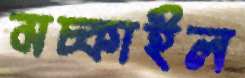
মচ্‌কাইল